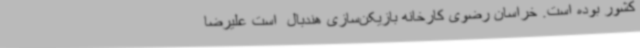
کشور بوده است. خراسان رضوی کارخانه بازیکن‌سازی هندبال  است علیرضا